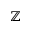
\mathbb { Z }